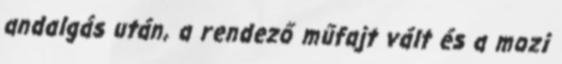
andalgás után, a rendező műfajt vált és a mozi